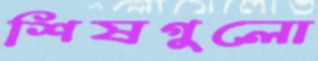
শিষগুলো